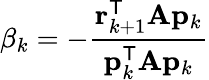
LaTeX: \beta_{k}=-{\frac{\mathbf{r}_{k+1}^{\mathsf{T}}\mathbf{A}\mathbf{p}_{k}}{\mathbf{p}_{k}^{\mathsf{T}}\mathbf{A}\mathbf{p}_{k}}}